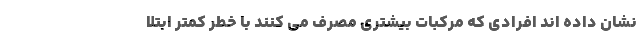
نشان داده اند افرادی که مرکبات بیشتری مصرف می کنند با خطر کمتر ابتلا